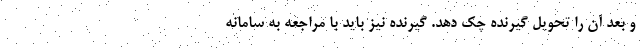
و بعد آن را تحویل گیرنده چک دهد. گیرنده نیز باید با مراجعه به سامانه